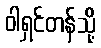
ဝါရှင်တန်သို့